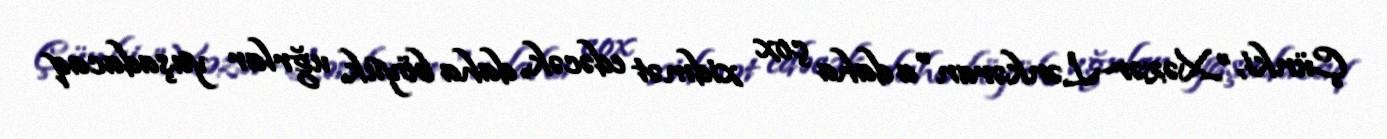
Çünki, ”Xəzər-Lənkəran"a daha çox xidmət edəcək, daha böyük uğrlar yaşadacaq